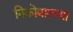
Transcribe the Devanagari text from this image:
निकोबारच्या